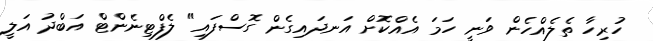
ހުރިހާ ތެލެއްހެން ވަނީ ހަމަ އެއްކޮށް އަނދައިގެން ގޮސްފައި" ލެފްޓިނެންޓް އަބްދު އަލީ